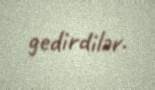
gedirdilər.